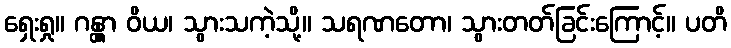
ရှေးရှု။ ဂန္တွာ ဝိယ၊ သွားသကဲ့သို့။ သရဏတော၊ သွားတတ်ခြင်းကြောင့်။ ပတိ